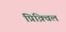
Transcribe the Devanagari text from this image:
प्रिक़्विल